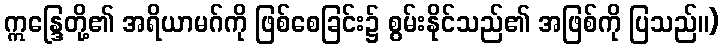
ဣန္ဒြေတို့၏ အရိယာမဂ်ကို ဖြစ်စေခြင်း၌ စွမ်းနိုင်သည်၏ အဖြစ်ကို ပြသည်။)